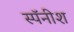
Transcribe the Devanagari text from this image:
स्पॅनीश